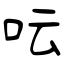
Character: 呍